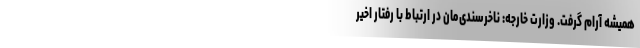
همیشه آرام گرفت. وزارت خارجه: ناخرسندی‌مان در ارتباط با رفتار اخیر